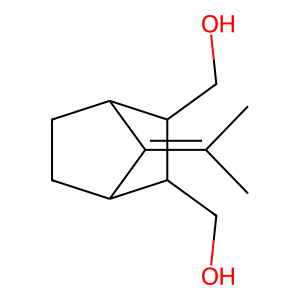
SMILES: CC(C)=C1C2CCC1C(CO)C2CO
Inhibits HIV replication: No